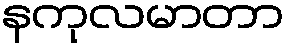
နကုလမာတာ